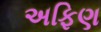
અફિણ